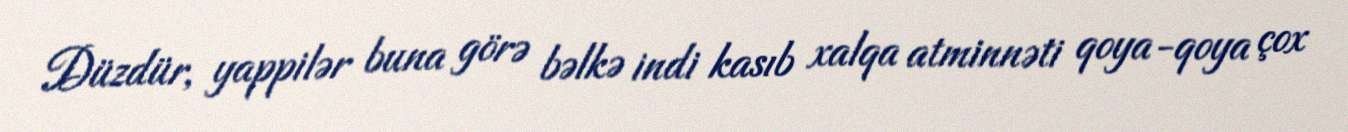
Düzdür, yappilər buna görə bəlkə indi kasıb xalqa atminnəti qoya-qoya çox